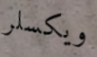
ويكسلر